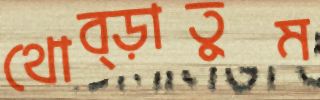
থোব্‌ড়াতুম